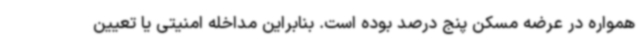
همواره در عرضه مسکن پنج درصد بوده است. بنابراین مداخله امنیتی یا تعیین